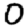
Digit: 0